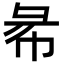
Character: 㣇